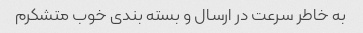
به خاطر سرعت در ارسال و بسته بندی خوب متشکرم